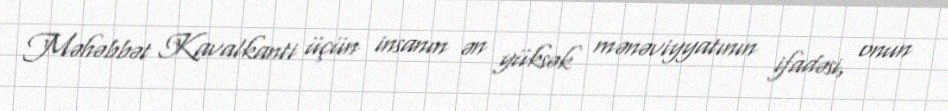
Məhəbbət Kavalkanti üçün insanın ən yüksək mənəviyyatının ifadəsi, onun